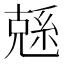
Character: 𠒭